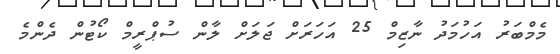
މެމްބަރު އަހުމަދު ނާޒިމް 25 އަހަރަށް ޖަލަށް ލާން ސުޕްރީމް ކޯޓުން ދެންމެ